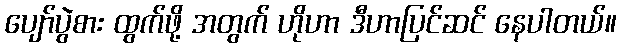
ပျော်ပွဲစား ထွက်ဖို့ အတွက် ဟိုဟာ ဒီဟာပြင်ဆင် နေပါတယ်။